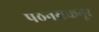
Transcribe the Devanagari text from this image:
पठनयकनूर